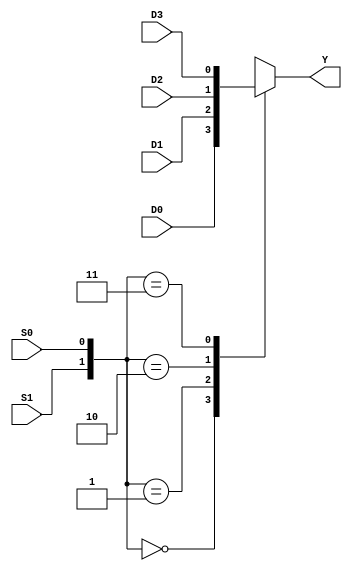
module multiplexer_4to1 (
    input D0, D1, D2, D3, // Data inputs
    input S0, S1, // Select inputs
    output reg Y // Output
);

always @(*) begin
    case({S1, S0})
        2'b00: Y = D0;
        2'b01: Y = D1;
        2'b10: Y = D2;
        2'b11: Y = D3;
    endcase
end

endmodule